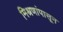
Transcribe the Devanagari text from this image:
मिश्रणांपासून